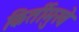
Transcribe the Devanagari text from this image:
किर्तीमुखे